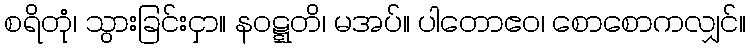
စရိတုံ၊ သွားခြင်းငှာ။ နဝဋ္ဋတိ၊ မအပ်။ ပါတောဧဝ၊ စောစောကလျှင်။